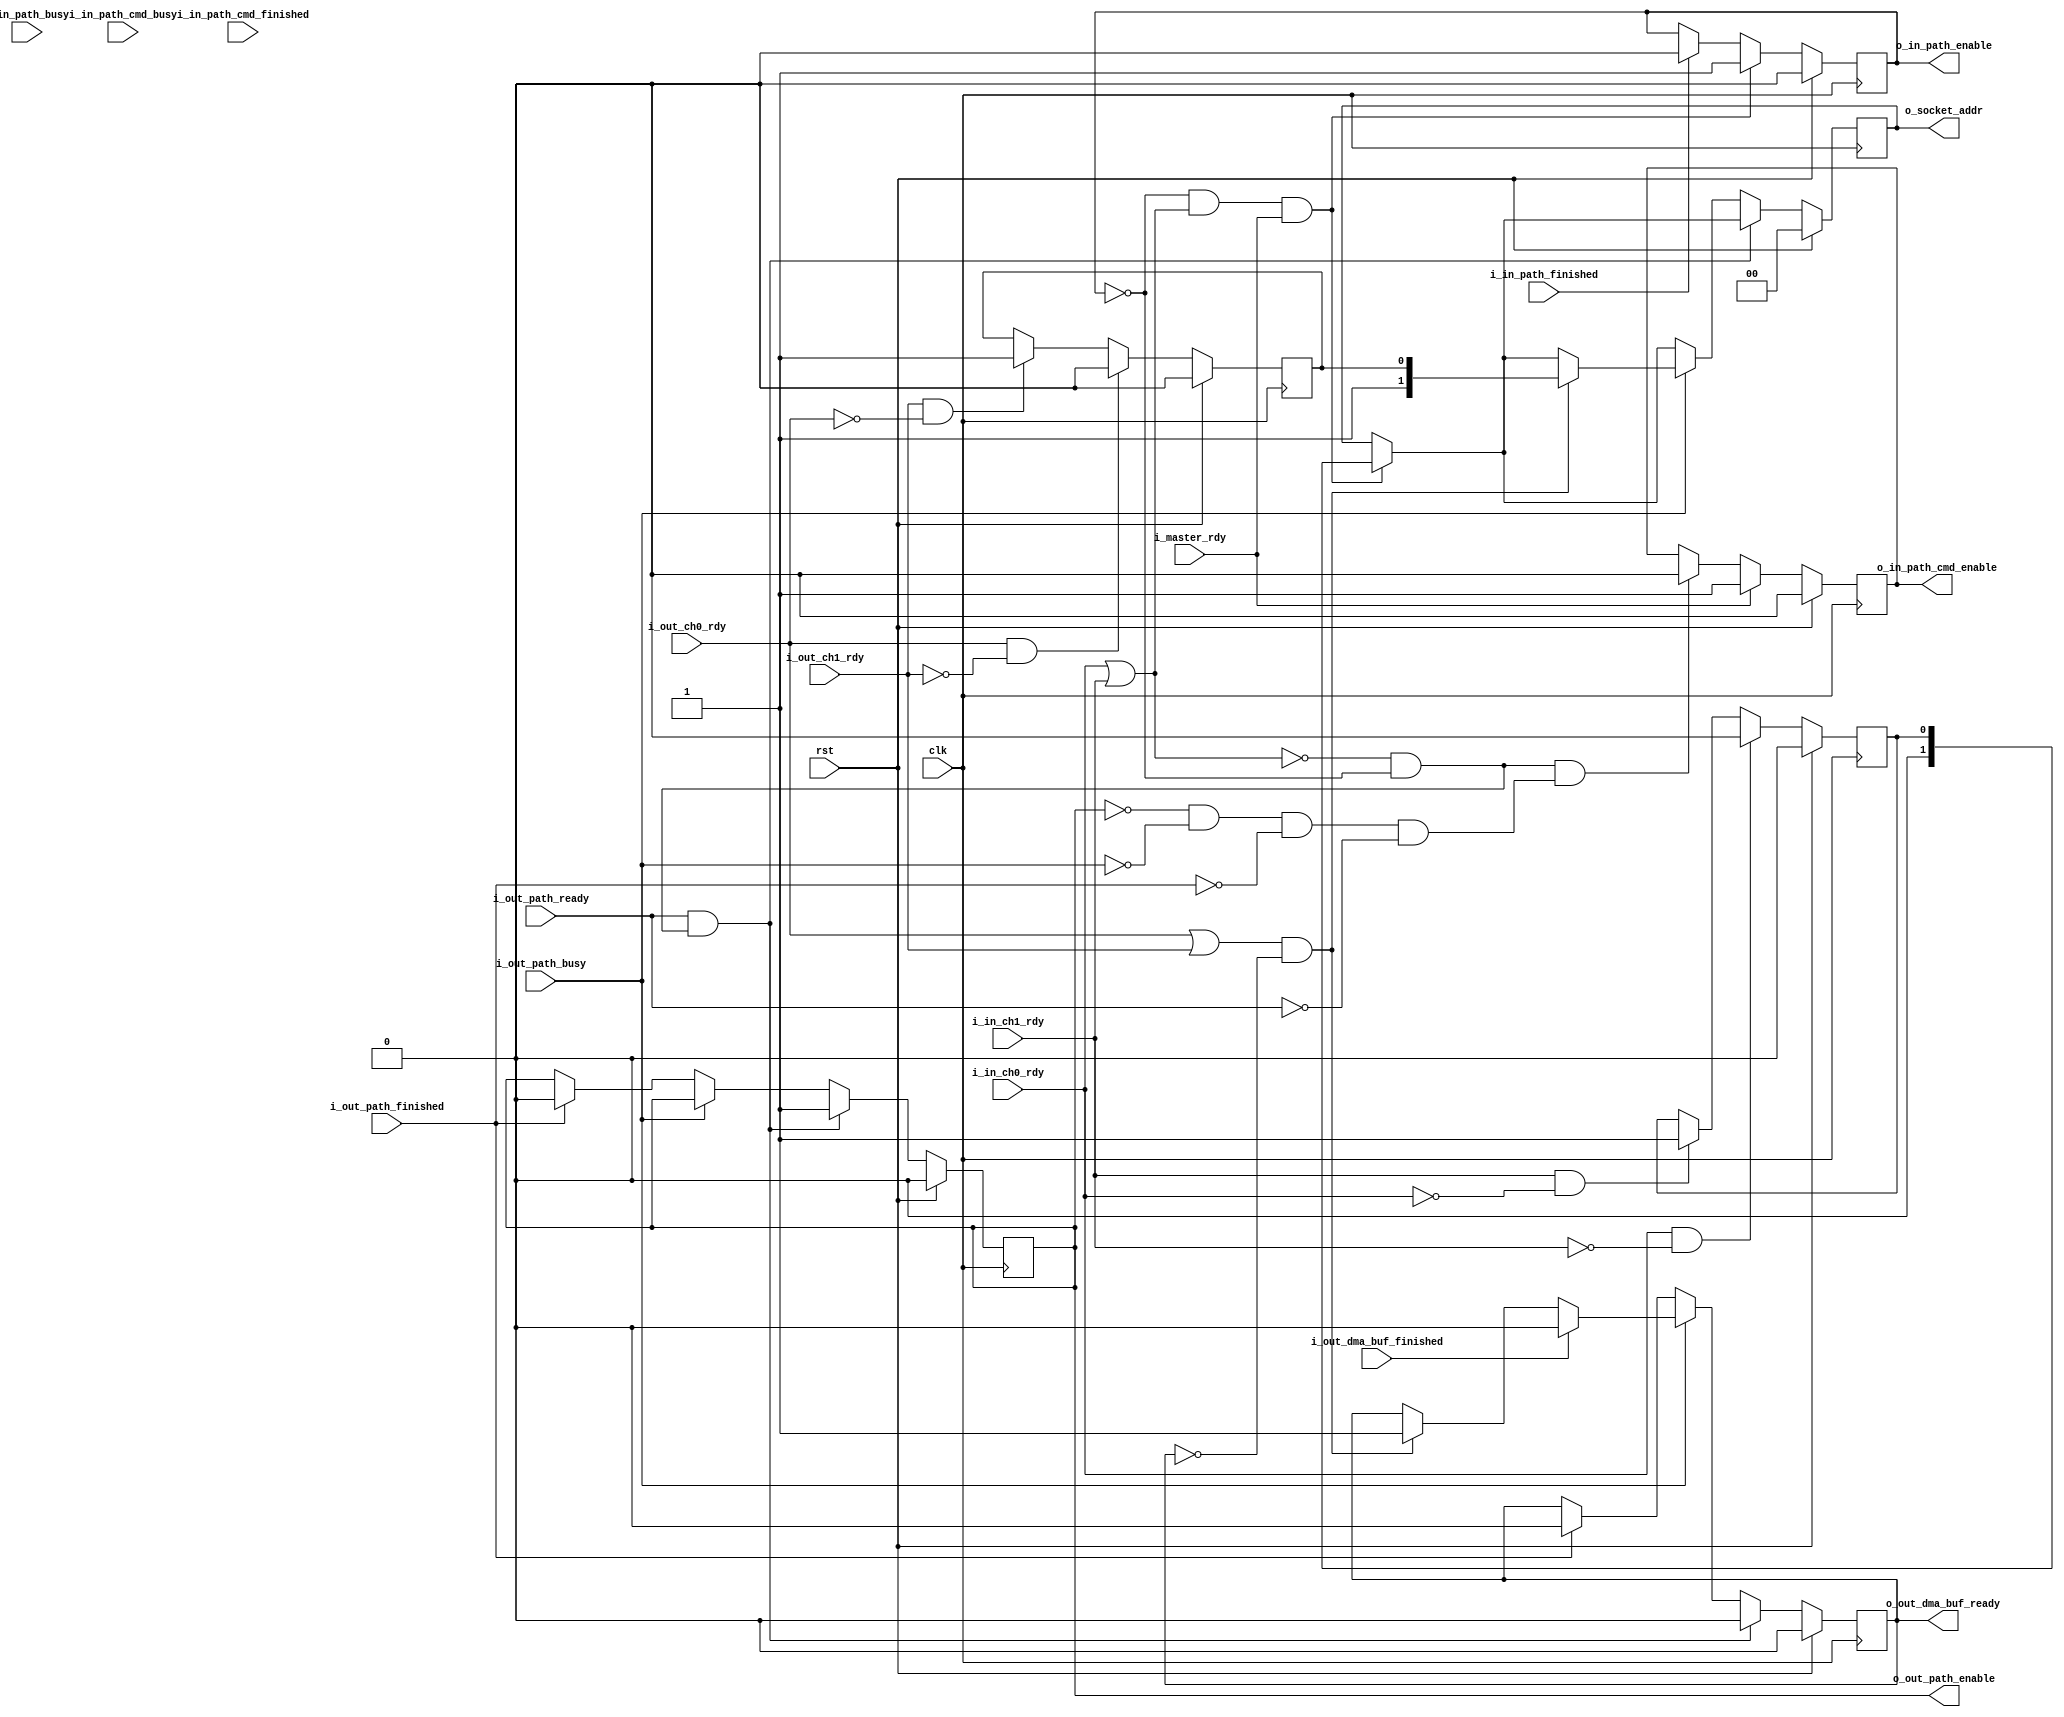
module fx3_bus_controller (

input               clk,
input               rst,

//Master Interface
input               i_master_rdy,

//Path Interface Signals
output  reg         o_in_path_enable,
input               i_in_path_busy,
input               i_in_path_finished,

//Command Controls
output  reg         o_in_path_cmd_enable,
input               i_in_path_cmd_busy,
input               i_in_path_cmd_finished,

//Master Interface Signals

//Out Path
input               i_out_path_ready,
output  reg         o_out_path_enable,
input               i_out_path_busy,
input               i_out_path_finished,

output  reg         o_out_dma_buf_ready,
input               i_out_dma_buf_finished,

//FX3 Interface
input               i_in_ch0_rdy,
input               i_in_ch1_rdy,

input               i_out_ch0_rdy,
input               i_out_ch1_rdy,

output  reg [1:0]   o_socket_addr
);

//Local Parameters
localparam          IDLE          = 0;
//Registers/Wires
reg         [3:0]   state;
reg         [3:0]   next_state;

//Address Select Registers/Wires
reg                 r_data_direction; //Selects data flow direction
                                      //  0: into the FPGA
                                      //  1: out of the FPGA
reg                 r_in_buf_sel_next;
reg                 r_in_buf_sel;     //Select which of the two incomming
                                      //buffers to use: CH0 or CH1
reg                 r_out_buf_sel_next;
reg                 r_out_buf_sel;    //Select which of the two outgoing
                                      //buffers to use: CH0 or CH1

//Internal Status
wire                w_in_data_avail;
wire                w_out_buf_avail;

wire                w_in_path_idle;
wire                w_in_cmd_path_idle;
wire                w_out_path_idle;

//Submodules
//Asynchronous Logic
assign  w_in_path_idle        = (!w_in_data_avail && !o_in_path_enable);
assign  w_in_cmd_path_idle    = !o_in_path_enable;
assign  w_out_path_idle       = !o_out_path_enable    &&
                                !i_out_path_busy      &&
                                !i_out_path_finished  &&
                                !i_out_path_ready;


assign  w_in_data_avail       = (i_in_ch0_rdy || i_in_ch1_rdy);
assign  w_out_buf_avail       = (i_out_ch0_rdy || i_out_ch1_rdy);

//State Machine
always @ (*) begin
  if (rst) begin
    next_state        = IDLE;
  end
  else begin
    case (state)
      IDLE: begin
      end
    endcase
  end
end

//Synchronous Logic
//Synchronize the state machine
always @ (posedge clk) begin
  if (rst) begin
    state           <=  IDLE;
  end
  else begin
    state           <=  next_state;
  end
end

//Control input and output paths
always @ (posedge clk) begin
  if (rst) begin
    r_data_direction      <=  0;
    r_in_buf_sel_next     <=  0;
    r_in_buf_sel          <=  0;

    r_out_buf_sel_next    <=  0;
    r_out_buf_sel         <=  0;

    o_in_path_enable      <=  0;
    o_in_path_cmd_enable  <=  0;

    o_out_path_enable     <=  0;
    o_out_dma_buf_ready   <=  0;

    o_socket_addr         <=  0;

  end
  else begin

    //get the next input channel ready
    if (i_in_ch0_rdy && !i_in_ch1_rdy) begin
      r_in_buf_sel_next   <=  0;
    end
    else if (i_in_ch1_rdy && !i_in_ch0_rdy) begin
      r_in_buf_sel_next   <=  1;
    end

    //get the next output channel ready
    if (i_out_ch0_rdy && !i_out_ch1_rdy) begin
      r_out_buf_sel_next  <=  0;
    end
    else if (i_out_ch1_rdy && !i_out_ch0_rdy) begin
      r_out_buf_sel_next  <=  1;
    end

    //Enable Input Path
    if (!o_in_path_enable && w_in_data_avail && i_master_rdy) begin
      //the output path is not working on anything and the master is ready and
      //there is data to process, Let's do this!
      o_socket_addr       <=  {1'b0, r_in_buf_sel_next};
      r_in_buf_sel        <=  r_in_buf_sel_next;
      o_in_path_enable    <=  1;
    end
    else if (i_in_path_finished)begin
      o_in_path_enable    <=  0;
    end


    //In Command Path Controller
    if (i_master_rdy) begin
      o_in_path_cmd_enable  <=  1;
    end
    else if (w_in_path_idle && w_out_path_idle) begin
      o_in_path_cmd_enable  <=  0;
    end



    //Output Path Controller
    if (i_out_path_ready && w_in_path_idle) begin
      o_out_path_enable     <=  1;
      o_out_dma_buf_ready   <=  0;
    end
    else if (i_out_path_busy) begin
      if (w_out_buf_avail && !o_out_dma_buf_ready) begin
        o_socket_addr       <=  {1'b1, r_out_buf_sel_next};
        o_out_dma_buf_ready <=  1;
      end
      if (i_out_dma_buf_finished) begin
        o_out_dma_buf_ready <=  0;
      end

    end
    else if (i_out_path_finished) begin
      o_out_dma_buf_ready   <=  0;
      o_out_path_enable     <=  0;
    end

    /*
    if (i_status_rdy_stb) begin
      //we know a transaction between the FPGA and the user will happen
      r_out_read_count      <=  0;
      //we need to add on the size of the status length here because the
      //master will send the status both throuhg ports and through the PPFIFO
      r_out_read_size       <=  i_status_read_size + `STATUS_LENGTH;
    end
    if (r_out_read_count < r_out_read_size) begin
      //More data to write
      //if the input path is not active setup the next available FIFO
      if (!o_out_path_enable) begin
        o_socket_addr       <=  {1'b1, r_out_buf_sel_next};
        r_out_buf_sel       <=  r_out_buf_sel_next;
        o_out_path_enable   <=  1;
      end
      if (i_out_path_finished) begin
        //the output path is finished with a transaction
        o_out_path_enable   <=  0;
        r_out_read_count    <=  r_out_read_count + i_out_path_words_sent;
      end
    end
    */
  end
end


endmodule